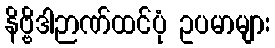
နိဗ္ဗိဒါဉာဏ်ထင်ပုံ ဥပမာများ